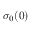
\sigma _ { 0 } ( 0 )